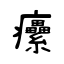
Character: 癳